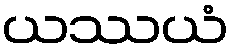
ယဿယံ